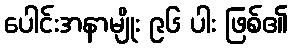
ပေါင်းအနာမျိုး ၉၆ ပါး ဖြစ်၏